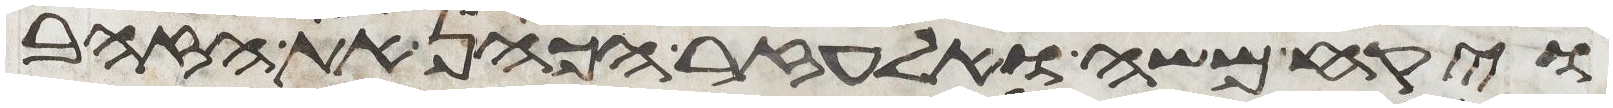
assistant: ויקח משה ואלעזר הכהן את הזהב